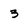
Character: 3